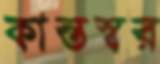
কান্তস্বর